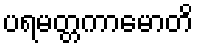
ပရမတ္တကာမောတိ